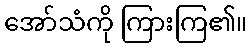
အော်သံကို ကြားကြ၏။